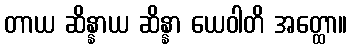
တာယ ဆိန္နာယ ဆိန္နာ ယေဝါတိ အတ္ထော။